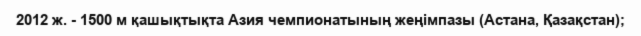
2012 ж. - 1500 м қашықтықта Азия чемпионатының жеңімпазы (Астана, Қазақстан);